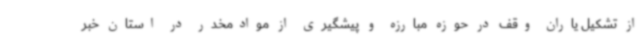
از تشکیل یاران وقف در حوزه مبارزه و پیشگیری از موادمخدر در استان خبر